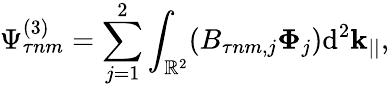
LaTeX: \Psi_{\tau nm}^{(3)}=\sum_{j=1}^{2}\int_{\mathbb{R}^{2}}(B_{\tau nm,j}\mathbf{\Phi}_{j})\mathrm{d}^{2}\mathbf{k}_{||},